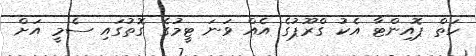
ހަތް ޕޮއިންޓާ އެކު ގްރޫޕުގެ އެއް ވަނަ ޓީމުގެ ގޮތުގައި ސެމީ އަށް